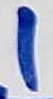
Text: 1